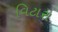
વિટારા